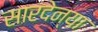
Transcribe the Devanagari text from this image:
सारदेन्या